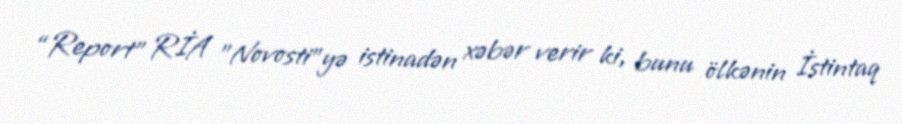
“Report” RİA "Novosti"yə istinadən xəbər verir ki, bunu ölkənin İstintaq